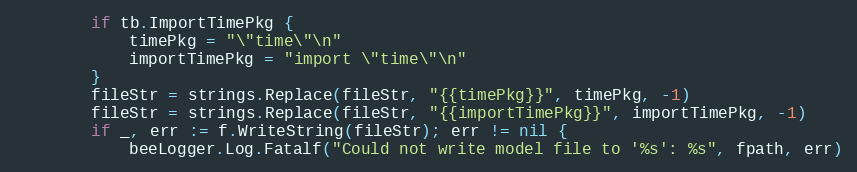
Language: Go
		if tb.ImportTimePkg {
			timePkg = "\"time\"\n"
			importTimePkg = "import \"time\"\n"
		}
		fileStr = strings.Replace(fileStr, "{{timePkg}}", timePkg, -1)
		fileStr = strings.Replace(fileStr, "{{importTimePkg}}", importTimePkg, -1)
		if _, err := f.WriteString(fileStr); err != nil {
			beeLogger.Log.Fatalf("Could not write model file to '%s': %s", fpath, err)